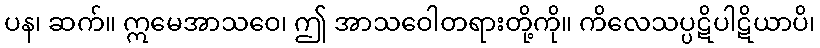
ပန၊ ဆက်။ ဣမေအာသဝေ၊ ဤ အာသဝေါတရားတို့ကို။ ကိလေသပ္ပဋိပါဋိယာပိ၊